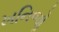
ખનિજોૢ